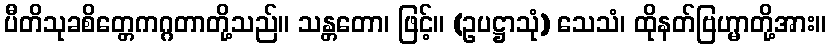
ပီတိသုခစိတ္တေကဂ္ဂတာတို့သည်။ သန္တတော၊ ဖြင့်။ (ဥပဋ္ဌာသုံ) သေသံ၊ ထိုနတ်ဗြဟ္မာတို့အား။